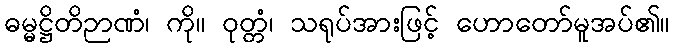
ဓမ္မဋ္ဌိတိဉာဏံ၊ ကို။ ဝုတ္တံ၊ သရုပ်အားဖြင့် ဟောတော်မူအပ်၏။